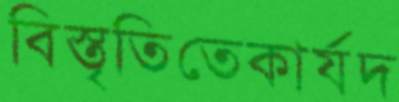
বিস্তৃতিতেকার্যদ